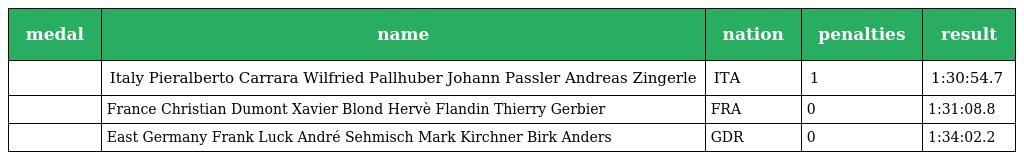
| medal | name | nation | penalties | result |
 | --- | --- | --- | --- | --- |
 |  | Italy Pieralberto Carrara Wilfried Pallhuber Johann Passler Andreas Zingerle | ITA | 1 | 1:30:54.7 |
 |  | France Christian Dumont Xavier Blond Hervè Flandin Thierry Gerbier | FRA | 0 | 1:31:08.8 |
 |  | East Germany Frank Luck André Sehmisch Mark Kirchner Birk Anders | GDR | 0 | 1:34:02.2 |